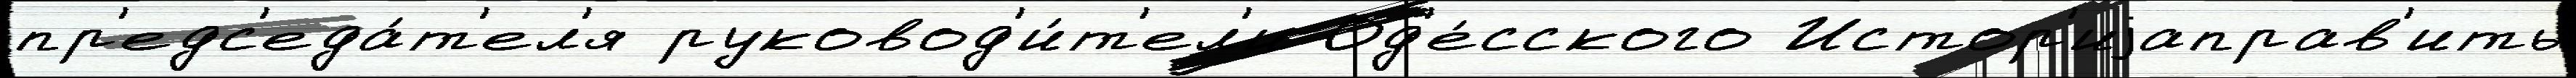
пр'едс'еда́т'ел'я руковод'и́т'ел'и Од'е́сского Истор'иjаправ'ить